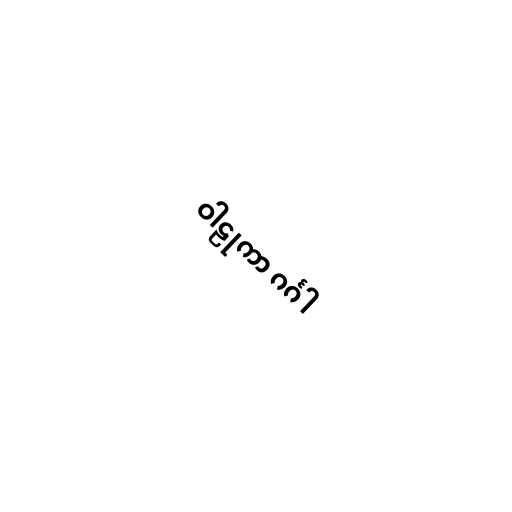
ဝါဠုကာ ဂင်္ဂါ